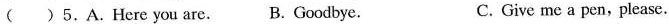
( )5.A.Here you are. B. Goodbye. C. Give me a pen,please.